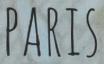
PARIS